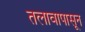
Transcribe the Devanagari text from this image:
तलावापासून